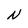
Character: N